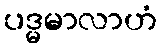
ပဒ္မမာလာဟံ